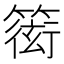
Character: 𥲋